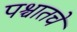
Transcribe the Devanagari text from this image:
पश्चातचे